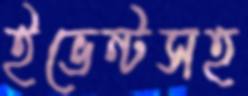
ইভেন্টসহ